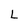
Character: L